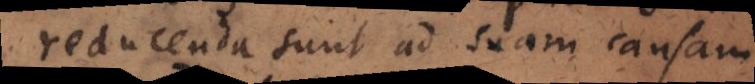
reducenda sunt ad suam causam